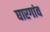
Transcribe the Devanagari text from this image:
घारगांव